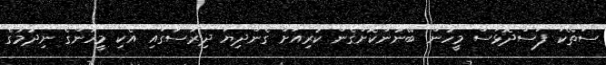
ސަތޭކަ ފަސްދޮޅަސް މީހުން ބޭނުންކޮށްގެން ކުރިއަށް ގެންދިޔަ ދިރާސާގައި އެކި މީހުންގެ ނިދުމުގެ